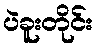
ပဲခူးတိုင်း